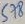
Text: 578